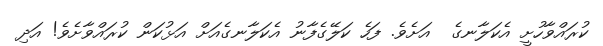
ކުރައްވާހުށީ އެކަލާނގެ  އަށެވެ. ފަހެ ކަލޭގެފާނު އެކަލާނގެއަށް އަޅުކަން ކުރައްވާށެވެ! އަދި